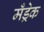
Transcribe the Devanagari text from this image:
मँड्रेक